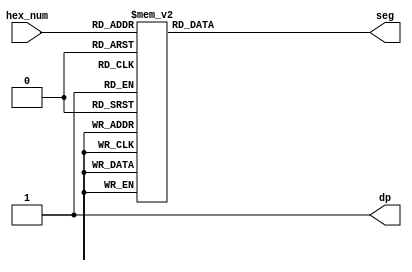
`timescale 1ns / 1ps
//////////////////////////////////////////////////////////////////////////////////
// Company: 
// Engineer: 
// 
// Design Name: 
// Module Name: VII_seg
// Project Name: 
// Target Devices: 
// Tool Versions: 
// Description: 
// 
// Dependencies: 
// 
// Revision:
// Revision 0.01 - File Created
// Additional Comments:
// 
//////////////////////////////////////////////////////////////////////////////////


module VII_seg(
    input [3:0] hex_num,
    output reg [6:0] seg,
    output dp
    );
    assign dp = 1'b1;
    
    initial seg = 7'h00;

    always @(hex_num) begin
        // All the cases from 0-15 and the corresponding segments to 'ground' or turn on.
        case (hex_num)
            4'h0: seg = 8'h40;   // 0
            4'h1: seg = 8'hf9;   // 1
            4'h2: seg = 8'h24;   // 2
            4'h3: seg = 8'h30;   // 3
            4'h4: seg = 8'h19;   // 4
            4'h5: seg = 8'h12;   // 5
            4'h6: seg = 8'h02;   // 6
            4'h7: seg = 8'h78;   // 7
            4'h8: seg = 8'h00;   // 8
            4'h9: seg = 8'h18;   // 9
            4'hA: seg = 8'h08;   // 10
            4'hB: seg = 8'h03;   // 11
            4'hC: seg = 8'h27;   // 12
            4'hD: seg = 8'h21;   // 13
            4'hE: seg = 8'h06;   // 14
            4'hF: seg = 8'h0e;   // 15
        endcase
    end
endmodule